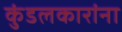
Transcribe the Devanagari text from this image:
कुंडलकारांना